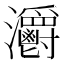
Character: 𤅪